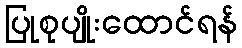
ပြုစုပျိုးထောင်ရန်